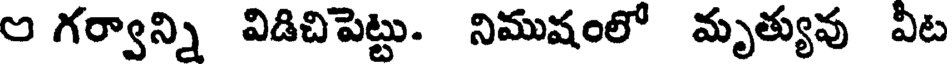
ల గర్వాన్ని విడిచిపెట్టు. నిముషంలో మృత్యువు వీట